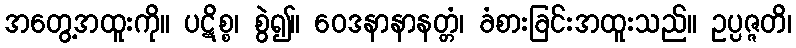
အတွေ့အထူးကို။ ပဋိစ္စ၊ စွဲ၍။ ဝေဒနာနာနတ္တံ၊ ခံစားခြင်းအထူးသည်။ ဥပ္ပဇ္ဇတိ၊